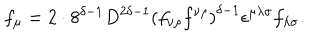
f _ { \mu } = 2 \cdot 8 ^ { \delta - 1 } D ^ { 2 \delta - 1 } \left( f _ { \nu \rho } f ^ { \nu \rho } \right) ^ { \delta - 1 } \epsilon ^ { \mu \lambda \sigma } f _ { \lambda \sigma } .